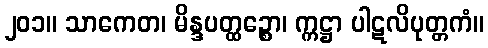
၂၀၁။ သာကေတ၊ မိန္ဒပတ္ထဉ္စော၊ က္ကဋ္ဌာ ပါဋလိပုတ္တကံ။